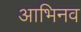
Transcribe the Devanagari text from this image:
आभिनव